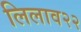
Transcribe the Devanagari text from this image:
लिलाव२२